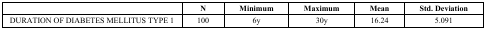
<table><thead><tr><td></td><td><b>N</b></td><td><b>Minimum</b></td><td><b>Maximum</b></td><td><b>Mean</b></td><td><b>Std. Deviation</b></td></tr></thead><tbody><tr><td>DURATION OF DIABETES MELLITUS TYPE 1</td><td>100</td><td>6y</td><td>30y</td><td>16.24</td><td>5.091</td></tr></tbody></table>